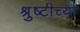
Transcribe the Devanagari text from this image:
श्रुष्टीच्या